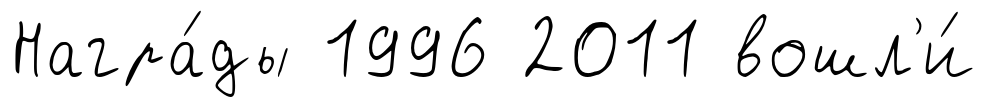
Награ́ды 1996 2011 вошл'и́